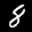
Label: 8